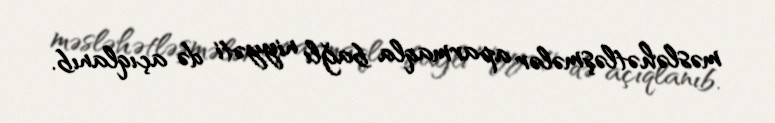
məsləhətləşmələr aparmaqla bağlı niyyəti də açıqlanıb.